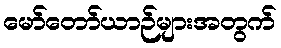
မော်တော်ယာဉ်များအတွက်